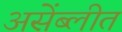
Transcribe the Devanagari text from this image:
असेंब्लीत